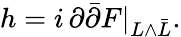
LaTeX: h=i\, \partial{\bar{\partial}}F|_{L\wedge{\bar{L}}}.